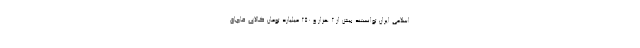
اسلامی ایران توانستند بیش از ۲ هزار و ۲۵۰ میلیارد تومان کالای قاچاق